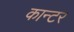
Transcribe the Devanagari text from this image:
कान्टर